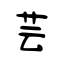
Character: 芸